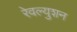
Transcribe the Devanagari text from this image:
रेवल्युशन